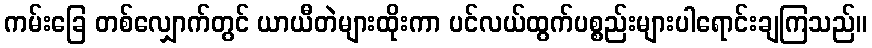
ကမ်းခြေ တစ်လျှောက်တွင် ယာယီတဲများထိုးကာ ပင်လယ်ထွက်ပစ္စည်းများပါရောင်းချကြသည်။